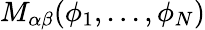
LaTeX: M_{\alpha\beta}(\phi_{1},...,\phi_{N})